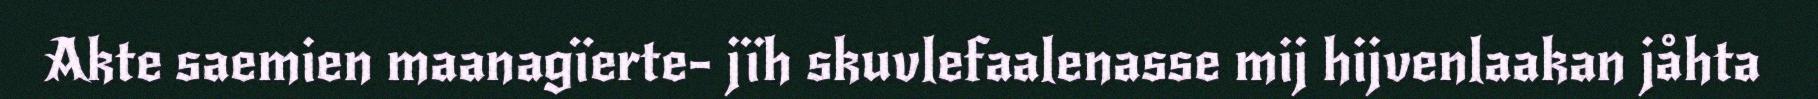
Akte saemien maanagïerte- jïh skuvlefaalenasse mij hijvenlaakan jåhta